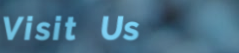
Visit Us